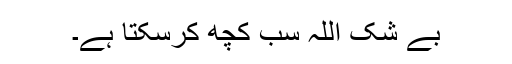
بے شک اللہ سب کچھ کرسکتا ہے۔